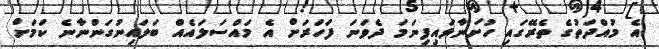
އެ މުއްދަތުގެ ތެރޭގައި ހުށަނާޅައިފިނަމަ ދެވަނަ ފަހަރަށް އެ މައްސަލައެއް ބަލައިނުގަންނާނެ ކަމަށް